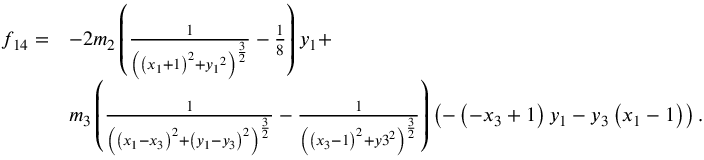
\begin{array} { l l } { f _ { 1 4 } = } & { - 2 { m _ { 2 } } \left( \frac { 1 } { \left( \left( { x _ { 1 } } + 1 \right) ^ { 2 } + { y _ { 1 } } ^ { 2 } \right) ^ { \frac { 3 } { 2 } } } - \frac { 1 } { 8 } \right) { y _ { 1 } } + } \\ & { { m _ { 3 } } \left( \frac { 1 } { \left( \left( { x _ { 1 } } - { x _ { 3 } } \right) ^ { 2 } + \left( { y _ { 1 } } - { y _ { 3 } } \right) ^ { 2 } \right) ^ { \frac { 3 } { 2 } } } - \frac { 1 } { \left( \left( { x _ { 3 } } - 1 \right) ^ { 2 } + { y 3 } ^ { 2 } \right) ^ { \frac { 3 } { 2 } } } \right) \left( - \left( - { x _ { 3 } } + 1 \right) { y _ { 1 } } - { y _ { 3 } } \left( { x _ { 1 } } - 1 \right) \right) . } \end{array}